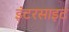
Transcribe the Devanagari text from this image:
इंटरसाइट